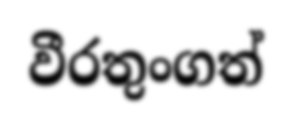
වීරතුංගත්